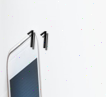
11